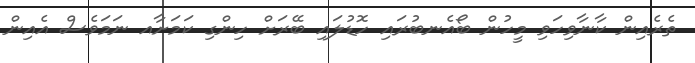
ތެރެއިން ކާނާވިހަވި މީހުން ބޯއެނބުރައި ހޮޑުލައި ބޭރަށް ހިންގި ކަމަށާއ ނަމަވެސް އެއިން